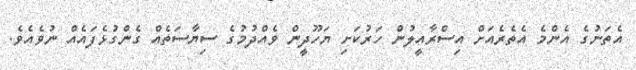
އެތަނުގެ އެންމެ އެތެރެއަށް އިސްރާއީލުން ހަރުކަށި ޔަހޫދީން ވެއްދުމުގެ ސިޔާސަތެއް ގެންގުޅެފައެއް ނުވެއެވެ.